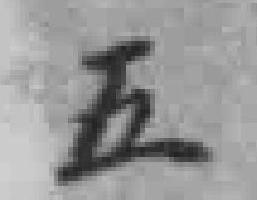
五